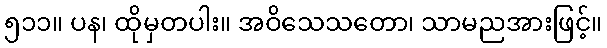
၅၁၁။ ပန၊ ထိုမှတပါး။ အဝိသေသတော၊ သာမညအားဖြင့်။